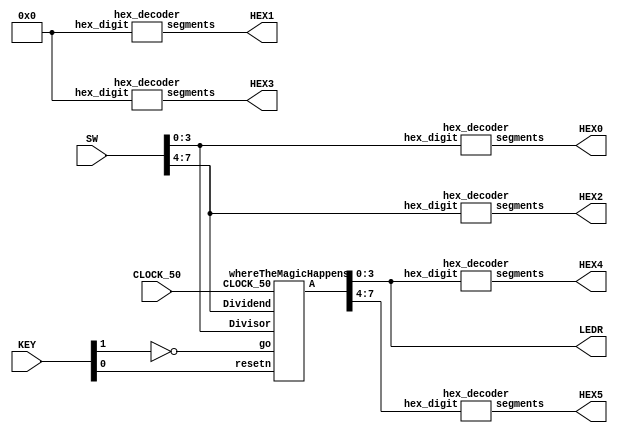
//Sw[7:0] data_in

//KEY[0] synchronous reset when pressed
//KEY[1] go signal

//LEDR displays result
//HEX0 & HEX1 also displays result

module part3(SW, KEY, CLOCK_50, LEDR, HEX0, HEX1, HEX2, HEX3, HEX4, HEX5);
    input [7:0] SW;
    input [1:0] KEY;
    input CLOCK_50;
    output [3:0] LEDR;
    output [6:0] HEX0, HEX1, HEX2, HEX3, HEX4, HEX5;

    wire resetn;
    wire go;
	 wire [8:0] A;
    wire [3:0] quotient, remainder;
	 wire [3:0] Divisor, Dividend;
	 
    assign go = ~KEY[1];
    assign resetn = KEY[0];
	 assign Divisor = SW[3:0];
	 assign Dividend = SW[7:4];
	 assign remainder = A[7:4];
	 assign quotient = A[3:0];
    assign LEDR[3:0] = quotient;

	 whereTheMagicHappens magic0(
		.CLOCK_50(CLOCK_50), 
		.resetn(resetn), 
		.go(go), 
		.Divisor(Divisor),
		.Dividend(Dividend), 
		.A(A)
		);
      

    hex_decoder H0(
        .hex_digit(Divisor), 
        .segments(HEX0)
        );
        
    hex_decoder H1(
        .hex_digit(4'b0000), 
        .segments(HEX1)
        );    
		  
	  hex_decoder H2(
        .hex_digit(Dividend), 
        .segments(HEX2)
        );
        
    hex_decoder H3(
        .hex_digit(4'b0000), 
        .segments(HEX3)
        );    
		  
	  hex_decoder H4(
        .hex_digit(quotient), 
        .segments(HEX4)
        );
        
    hex_decoder H5(
        .hex_digit(remainder), 
        .segments(HEX5)
        );

endmodule

module whereTheMagicHappens(CLOCK_50, resetn, go, Divisor, Dividend, A);

	input CLOCK_50, resetn, go;
	input [3:0] Divisor, Dividend;
	output [8:0] A;
	
	wire ld_a, ld_r, ld_Dividend, ld_Divisor, alu_select_a, new_A, new_Dividend, MSB_A;
	wire [1:0] alu_op;
	
	control control0(
		.CLOCK_50(CLOCK_50), 
		.resetn(resetn), 
		.go(go), 
		.MSB_A(MSB_A), 
		.ld_a(ld_a), 
		.ld_r(ld_r), 
		.ld_Dividend(ld_Dividend),
		.ld_Divisor(ld_Divisor), 
		.alu_select_a(alu_select_a), 
		.alu_op(alu_op), 
		.new_A(new_A), 
		.new_Dividend(new_Dividend)
		);
		
	datapath datapath0(
		.CLOCK_50(CLOCK_50), 
		.resetn(resetn), 
		.Divisor(Divisor), 
		.Dividend(Dividend), 
		.ld_a(ld_a), 
		.ld_r(ld_r), 
		.ld_Dividend(ld_Dividend), 
		.ld_Divisor(ld_Divisor), 
		.alu_select_a(alu_select_a), 
		.alu_op(alu_op), 
		.new_A(new_A), 
		.new_Dividend(new_Dividend), 
		.A(A),
		.MSB_A(MSB_A)
		);

endmodule

module control(CLOCK_50, resetn, go, MSB_A, ld_a, ld_r, ld_Dividend, ld_Divisor, alu_select_a, alu_op, new_A, new_Dividend);
	 
	 input CLOCK_50, resetn, go, MSB_A;
	 output ld_a, ld_r, ld_Dividend, ld_Divisor, alu_select_a, new_A, new_Dividend;
	 output [1:0] alu_op;
	 
	 reg ld_a, ld_r, ld_Dividend, ld_Divisor, alu_select_a, new_A, new_Dividend;
	 reg [3:0] counter;
	 reg [3:0] current_state, next_state;
	 reg [1:0] alu_op; 
    
    localparam  LoadingInValues         = 4'b0000,
					 LoadingInValues_Wait    = 4'b0001,
					 LeftShifting            = 4'b0010,
					 LeftShifting_Wait       = 4'b0011,
					 ASubDivisor             = 4'b0100,
					 ASubDivisor_Wait        = 4'b0101,
					 APlusDivisor            = 4'b0110,
					 APlusDivisor_Wait       = 4'b0111,
					 Output 						 = 4'b1000;
					 
	 // Next state logic aka our state table
    always@(*)
    begin: state_table 
            case (current_state)
                LoadingInValues: begin
						 next_state = go ? LoadingInValues_Wait : LoadingInValues;
						 counter = 1'b0;
					 end
					 LoadingInValues_Wait: begin
						 next_state = go ? LoadingInValues_Wait : LeftShifting;
					 end
					 LeftShifting: begin
					    next_state = LeftShifting_Wait;
					 end
					 LeftShifting_Wait: begin
						 next_state = ASubDivisor;
					 end
					 ASubDivisor: begin
						 next_state = ASubDivisor_Wait;
					 end
					 ASubDivisor_Wait: begin
							 if (MSB_A) 
								  next_state = APlusDivisor;
							 else begin
								  if (counter >= 3) 
										next_state = Output;
								  else begin
										counter = counter + 1'b1;
										next_state = LeftShifting;
								  end
							 end
					 end
					 APlusDivisor: begin
						 next_state = APlusDivisor_Wait;
					 end
					 APlusDivisor_Wait: begin
							 if (counter >= 3) 
								  next_state = Output;
							 else begin
								  counter = counter + 1'b1;
								  next_state = LeftShifting;
							 end
					 end
					 Output: begin
						 next_state = LoadingInValues;
					 end
            default: next_state = LoadingInValues;
        endcase
    end // state_table
	 
	 
    // Output logic aka all of our datapath control signals
    always @(*)
    begin: enable_signals
        // By default make all our signals 0
        ld_a = 1'b0;
        ld_r = 1'b0;
        ld_Dividend = 1'b0;
        ld_Divisor = 1'b0;
        alu_select_a = 1'b0;
        alu_op = 2'b00;
        new_A = 1'b0;
        new_Dividend = 1'b0;

        case (current_state)
            LoadingInValues: begin
					 ld_a = 1'b1;
					 ld_Dividend = 1'b1;
					 ld_Divisor = 1'b1;
                end
            LeftShifting: begin
					 alu_select_a = 1'b0;
					 alu_op = 2'b01;
                end
            LeftShifting_Wait: begin
					 ld_a = 1'b1;
					 ld_Dividend = 1'b1;
					 new_A = 1'b1;
					 new_Dividend = 1'b1;
                end
            ASubDivisor: begin
					 alu_select_a = 1'b1;
					 alu_op = 2'b10;
                end
            ASubDivisor_Wait: begin
					 ld_a = 1'b1;
					 ld_Dividend = 1'b1;
					 new_A = 1'b1;
					 new_Dividend = 1'b1;
                end
            APlusDivisor: begin
					 alu_select_a = 1'b1;
					 alu_op = 2'b11;
                end
            APlusDivisor_Wait: begin
					 ld_a = 1'b1;
					 new_A = 1'b1;
					 end
				Output: begin
					 ld_r = 1'b1;
                end
        // default:    // don't need default since we already made sure all of our outputs were assigned a value at the start of the always block
        endcase
    end // enable_signals
	 
	 // current_state registers
    always@(posedge CLOCK_50)
    begin: state_FFs
        if(!resetn)
            current_state <= LoadingInValues;
        else
            current_state <= next_state;
    end // state_FFS
endmodule

module datapath(CLOCK_50, resetn, Divisor, Dividend, ld_a, ld_r, ld_Dividend, ld_Divisor, alu_select_a, alu_op, new_A, new_Dividend, A, MSB_A);

	input CLOCK_50, resetn, ld_a, ld_r, ld_Dividend, ld_Divisor, alu_select_a, new_A, new_Dividend;
	input [1:0] alu_op;
	input [3:0] Divisor, Dividend;
	output MSB_A;
	output [8:0] A;
	
	reg [8:0] A, alu_out;
	reg [4:0] a_Reg;
   reg [3:0] alu_a, Dividend_Reg, Divisor_Reg;
	
	assign MSB_A = alu_out[8];
	
	always@(posedge CLOCK_50) begin
		if(!resetn) begin
			a_Reg <= 5'b0;
			Dividend_Reg <= 4'b0;
			Divisor_Reg <= 4'b0;
		end
		else begin
			if(ld_a)
				 a_Reg <= new_A ? alu_out[8:4] : 5'b00000;
			if(ld_Dividend)
				 Dividend_Reg <= new_Dividend ? alu_out[3:0] : Dividend;
			if(ld_Divisor)
				 Divisor_Reg <= Divisor;
		end
	end

	 // Output result register
    always@(posedge CLOCK_50) begin
        if(!resetn) begin
            A <= 9'b0; 
        end
        else 
            if(ld_r)
                A <= alu_out;
    end
	 
    // The ALU input multiplexers
    always @(*)
    begin
        case (alu_select_a)
            1'b0:
                alu_a = Dividend_Reg;
            1'b1:
                alu_a = Divisor_Reg;
            default: alu_a = 4'b0000;
        endcase
	 end

    // The ALU 
    always @(*)
    begin : ALU
        // alu
        case (alu_op)
            2'b01: begin
                   alu_out = {{a_Reg} , {alu_a}};
						 alu_out = alu_out << 1;
               end
            2'b10: begin
                   alu_out = {{a_Reg - alu_a} , {Dividend_Reg}};
						 alu_out[0] = ~alu_out[8];
               end
            2'b11: begin
						 alu_out= {{a_Reg + alu_a} , {Dividend_Reg}};
               end
            default: begin
					alu_out = alu_out;
				end
        endcase
    end
endmodule

module hex_decoder(hex_digit, segments);
    input [3:0] hex_digit;
    output reg [6:0] segments;
   
    always @(*)
        case (hex_digit)
            4'h0: segments = 7'b100_0000;
            4'h1: segments = 7'b111_1001;
            4'h2: segments = 7'b010_0100;
            4'h3: segments = 7'b011_0000;
            4'h4: segments = 7'b001_1001;
            4'h5: segments = 7'b001_0010;
            4'h6: segments = 7'b000_0010;
            4'h7: segments = 7'b111_1000;
            4'h8: segments = 7'b000_0000;
            4'h9: segments = 7'b001_1000;
            4'hA: segments = 7'b000_1000;
            4'hB: segments = 7'b000_0011;
            4'hC: segments = 7'b100_0110;
            4'hD: segments = 7'b010_0001;
            4'hE: segments = 7'b000_0110;
            4'hF: segments = 7'b000_1110;   
            default: segments = 7'h7f;
        endcase
endmodule